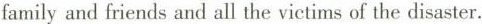
family and friends and all the victims of the disaster.